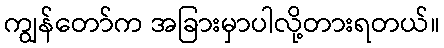
ကျွန်တော်က အခြားမှာပါလို့တားရတယ်။